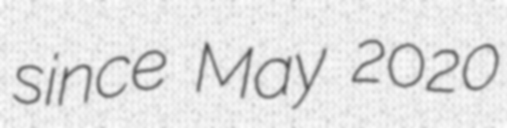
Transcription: since May 2020